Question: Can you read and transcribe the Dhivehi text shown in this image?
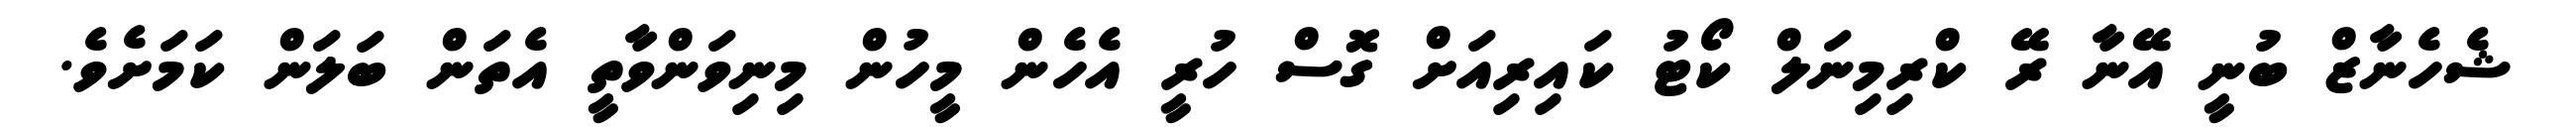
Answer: ޝެހެނާޒް ބުނީ އޭނާ ރޭ ކްރިމިނަލް ކޯޓު ކައިރިއަށް ގޮސް ހުރީ އެހެން މީހުން މިނިވަންވާތީ އެތަން ބަލަން ކަމަށެވެ.